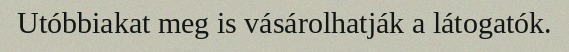
Utóbbiakat meg is vásárolhatják a látogatók.